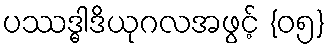
ပဿဒ္ဓါဒိယုဂလအဖွင့် {၀၅}